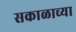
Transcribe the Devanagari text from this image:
सकाळाच्या